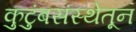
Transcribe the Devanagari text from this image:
कुटुंबसंस्थेतून